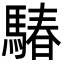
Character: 䮞